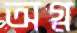
অগ্ন